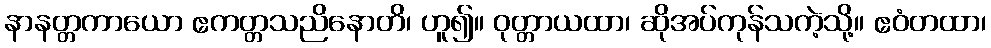
နာနတ္တကာယော ဧကတ္တသညိနောတိ၊ ဟူ၍။ ဝုတ္တာယထာ၊ ဆိုအပ်ကုန်သကဲ့သို့။ ဧဝံတထာ၊